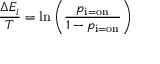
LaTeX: { \frac { \Delta E _ { i } } { T } } = \ln \left( { \frac { p _ { \mathrm { i = o n } } } { 1 - p _ { \mathrm { i = o n } } } } \right)